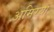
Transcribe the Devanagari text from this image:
अमिरया